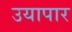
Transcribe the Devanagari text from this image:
उयापार